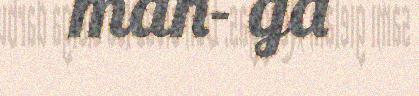
man- ga